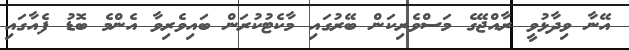
އޭނާ ވިދާޅުވީ ރާއްޖޭގެ މަސްވެރިކަން ބޭރުގައި މާކެޓުކުރަން ބައިވެރިވާ އެންމެ ބޮޑު ފެއާގައި